Madras plague regulations and rules for district municipalities and other towns and villages
Disease focus: Plague
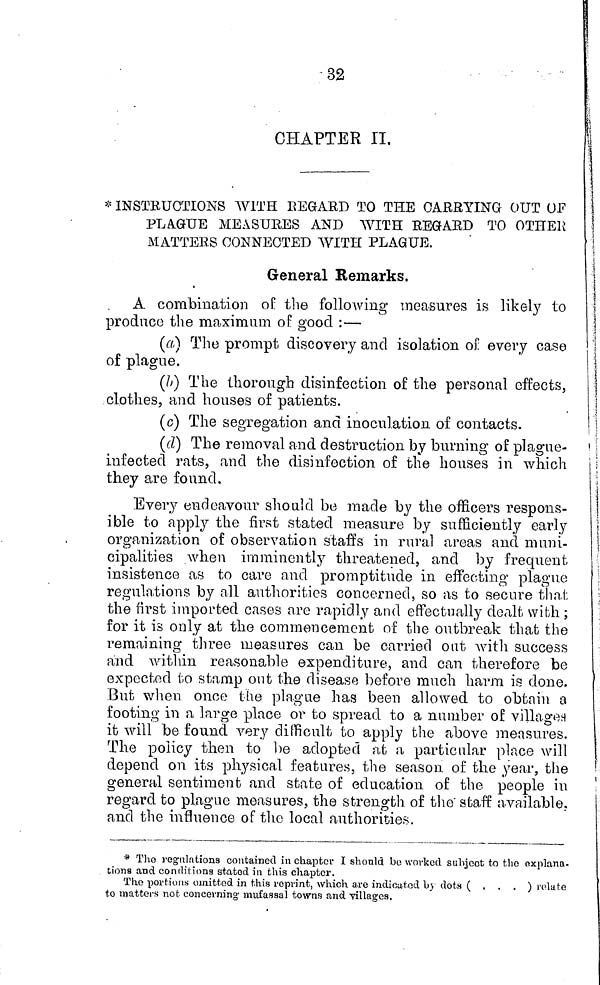
32
CHAPTER II.
* INSTRUCTIONS WITH REGARD TO THE CARRYING OUT OF
PLAGUE MEASURES AND WITH REGARD TO OTHER
MATTERS CONNECTED WITH PLAGUE.
General Remarks,
A combination of the following measures is likely to
produce the maximum of good :—
(a) The prompt discovery and isolation oí every case
of plague.
(b) The thorough disinfection of the personal effects,
clothes, and houses of patients.
(c) The segregation and inoculation of contacts.
(d) The removal and destruction by burning of plague-
infected rats, and the disinfection of the houses in which
they are found.
Every endeavour should be made by the officers respons-
ible to apply the first stated measure by sufficiently early
organization of observation staffs in rural areas and muni-
cipalities when imminently threatened, and by frequent
insistence as to care and promptitude in effecting plague
regulations by all authorities concerned, so as to secure that
the first imported cases are rapidly and effectually dealt with ;
for it is only at the commencement of the outbreak that the
remaining three measures can be carried out with success
and within reasonable expenditure, and can therefore be
expected to stamp ont the disease before much harm is done.
.But when once the plague has been allowed to obtain a
footing in a, large place or to spread to a number of village
it will be found very difficult to apply the above measures.
The policy then to be adopted at a particular place will
depend on its physical features, the season of the year, the
general sentiment and state of education of the people in
regard to plague measures, the strength of the" staff available,
and the influence of the local authorities.
* The regulations contained in chapter I should bo worked suhjcct to the explana-
tions and conditions stated in this chapter.
The portions omitted in this reprint, which are indicated by dots ( . . . ) relate
to matters not concerning mufassal towns and villages.